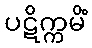
ပဋိက္ကမိံ